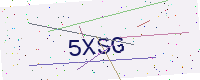
Text: 5XSG